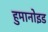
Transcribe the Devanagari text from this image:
हुमानोइड